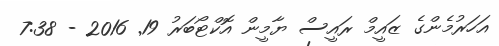
އަހަރުމެންގެ ޒައީމް ރައީސް ޔާމީން އޮކްޓޯބަރު 19